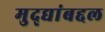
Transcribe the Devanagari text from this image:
मुद्द्यांबद्दल